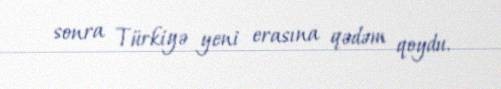
sonra Türkiyə yeni erasına qədəm qoydu.